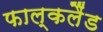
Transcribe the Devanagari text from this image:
फाल्कलैंड